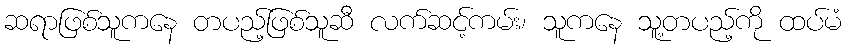
ဆရာဖြစ်သူကနေ တပည့်ဖြစ်သူဆီ လက်ဆင့်ကမ်း၊ သူကနေ သူ့တပည့်ကို ထပ်မံ